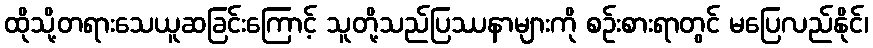
ထိုသို့တရားသေယူဆခြင်းကြောင့် သူတို့သည်ပြဿနာများကို စဉ်းစားရာတွင် မပြေလည်နိုင်၊